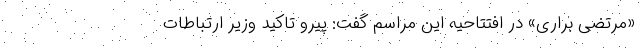
«مرتضی براری» در افتتاحیه این مراسم گفت: پیرو تاکید وزیر ارتباطات